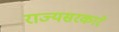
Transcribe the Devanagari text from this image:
राज्यसरकारे